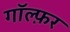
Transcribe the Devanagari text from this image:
गॉल्फ़र